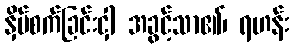
နှိပ်စက်ခြင်းငှါ အခွင့်သာ၏၊ ရဟန်း